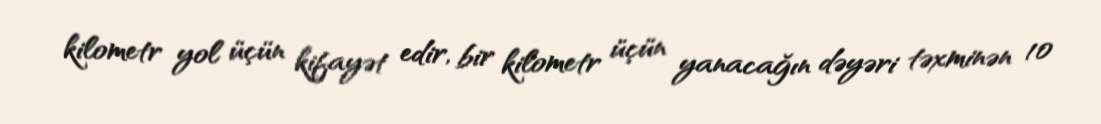
kilometr yol üçün kifayət edir, bir kilometr üçün yanacağın dəyəri təxminən 10